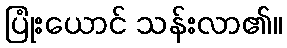
ပြုံးယောင် သန်းလာ၏။